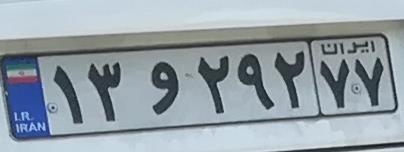
۱۳و۲۹۲۷۷